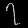
Digit: ၇